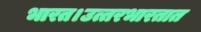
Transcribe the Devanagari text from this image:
भारत।उत्तरभारतात